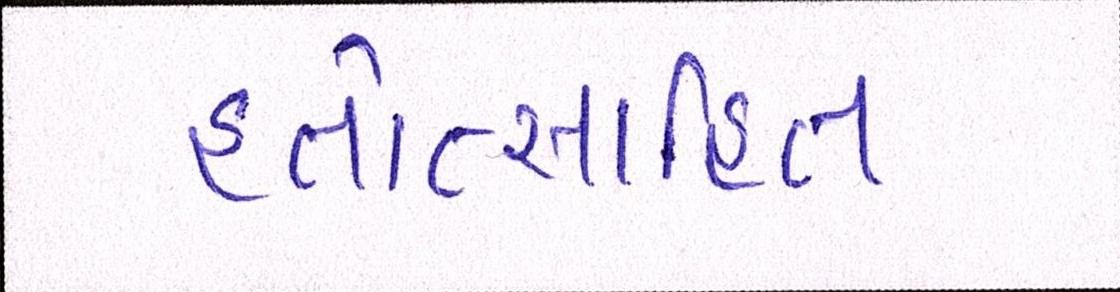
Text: હતોત્સાહિત